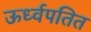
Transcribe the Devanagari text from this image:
ऊर्ध्वपतित